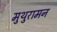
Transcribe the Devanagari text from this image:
मुथुरामन